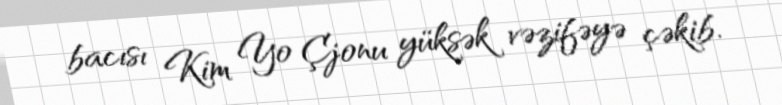
bacısı Kim Yo Çjonu yüksək vəzifəyə çəkib.